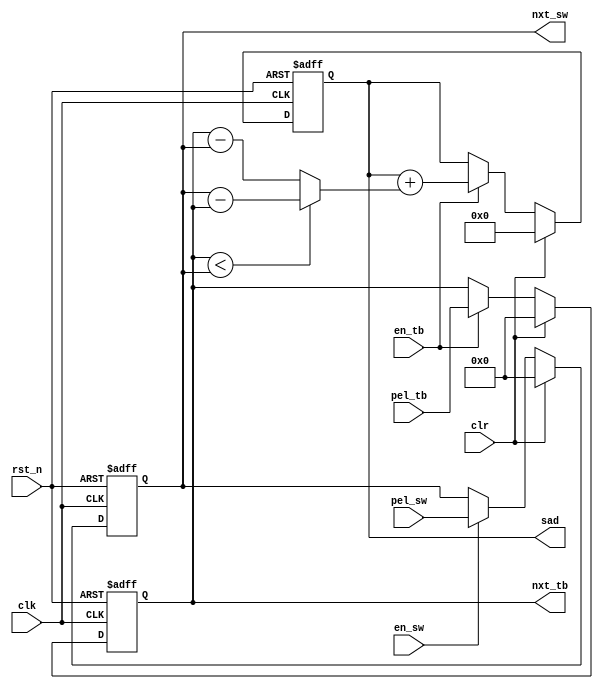
module SAD
(
  input  wire        rst_n,
  input  wire        clk,
  input  wire        clr,
  input  wire        en_sw,
  input  wire        en_tb,
  input  wire [7:0]  pel_sw,
  input  wire [7:0]  pel_tb,
  output reg  [7:0]  nxt_sw,
  output reg  [7:0]  nxt_tb,
  output reg  [15:0] sad
);

wire [7:0] ad = (nxt_tb < nxt_sw) ? nxt_sw - nxt_tb
                                  : nxt_tb - nxt_sw;

always @(posedge clk or negedge rst_n) begin
  if(~rst_n) begin
    nxt_sw <= 0;
    nxt_tb <= 0;
    sad    <= 0;
  end else begin
    if(clr) begin
      nxt_sw <= 0;
      nxt_tb <= 0;
      sad    <= 0;
    end else begin
      if(en_sw)
        nxt_sw <= #1 pel_sw;
      if(en_tb) begin
        nxt_tb <= #1 pel_tb;
        sad    <= #1 sad + {8'd0, ad};
      end
    end
  end
end

endmodule